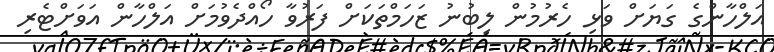
އަލްހާންގެ ގަޔަށް ވަޅި ހެރުމުން ލިބުނު ޒަހަމްތަކަށް ފަރުވާ ހޯއްދެވުމަށް އަލްހާން އަވަށްޓެރި